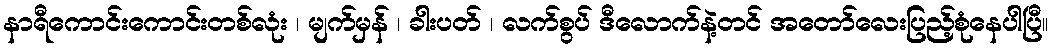
နာရီကောင်းကောင်းတစ်လုံး ၊ မျက်မှန် ၊ ခါးပတ် ၊ လက်စွပ် ဒီလောက်နဲ့တင် အတော်လေးပြည့်စုံနေပါပြီ။